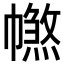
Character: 𢅑